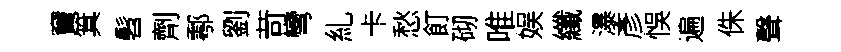
竇箕髫劑鄠劉苛彎糺卡愁飣砌唯娱纖瀑彥悞遍侏聲